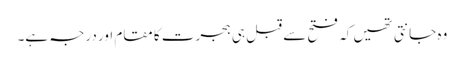
وہ جانتی تھیں کہ فتح سے قبل ہی ہجرت کا مقام اور درجہ ہے۔